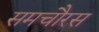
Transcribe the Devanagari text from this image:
समचौरस